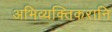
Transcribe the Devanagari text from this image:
अभिव्यक्तिकरानि